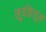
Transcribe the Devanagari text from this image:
सूर्यकेतूस